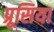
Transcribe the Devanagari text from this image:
प्रूसिया